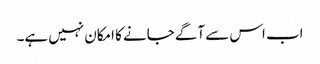
اب اس سے آگے جانے کا امکان نہیں ہے۔